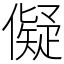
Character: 儗